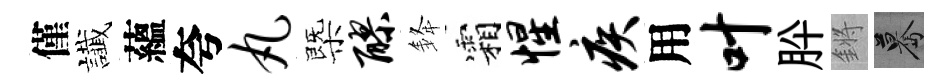
僅䜟蘊夸丸㮣醪𨦟霜惺疾用叶肸鏘驀